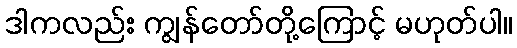
ဒါကလည်း ကျွန်တော်တို့ကြောင့် မဟုတ်ပါ။